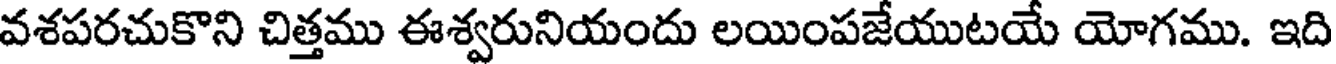
వశపరచుకొని చిత్తము ఈశ్వరునియందు లయింపజేయుటయే యోగము. ఇది